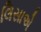
લિસાએ